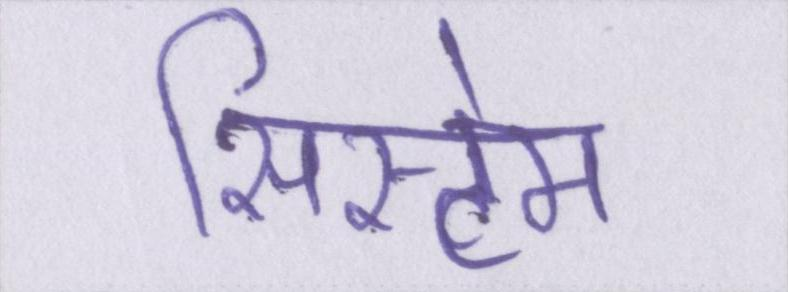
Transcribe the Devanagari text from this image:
सिस्टेम